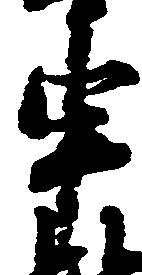
申